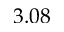
3 . 0 8